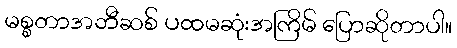
မစ္စတာအဘီဆစ် ပထမဆုံးအကြိမ် ပြောဆိုတာပါ။